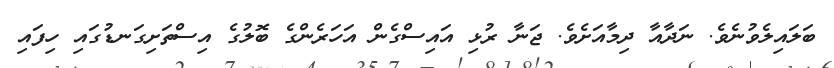
ބަލައިލެވުނެވެ. ނަދާއާ ދިމާއަށެވެ. ޖަނާ ރުޅި އައިސްގެން އަހަރެންގެ ބޮލުގެ އިސްތަށިގަނޑުގައި ހިފައި